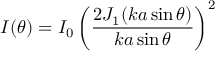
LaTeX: I ( \theta ) = I _ { 0 } \left( { \frac { 2 J _ { 1 } ( k a \sin \theta ) } { k a \sin \theta } } \right) ^ { 2 }